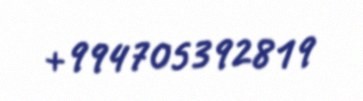
+994705392819